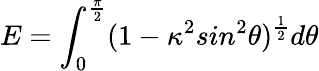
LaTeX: E=\int_{0}^{\frac{\pi}{2}}(1-\kappa^{2}sin^{2}\theta)^{\frac{1}{2}}d\theta